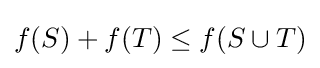
f(S)+f(T)\leq f(S\cup T)